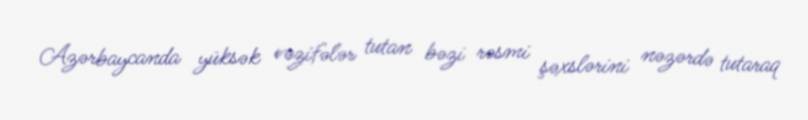
Azərbaycanda yüksək vəzifələr tutan bəzi rəsmi şəxslərini nəzərdə tutaraq